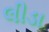
લીડા